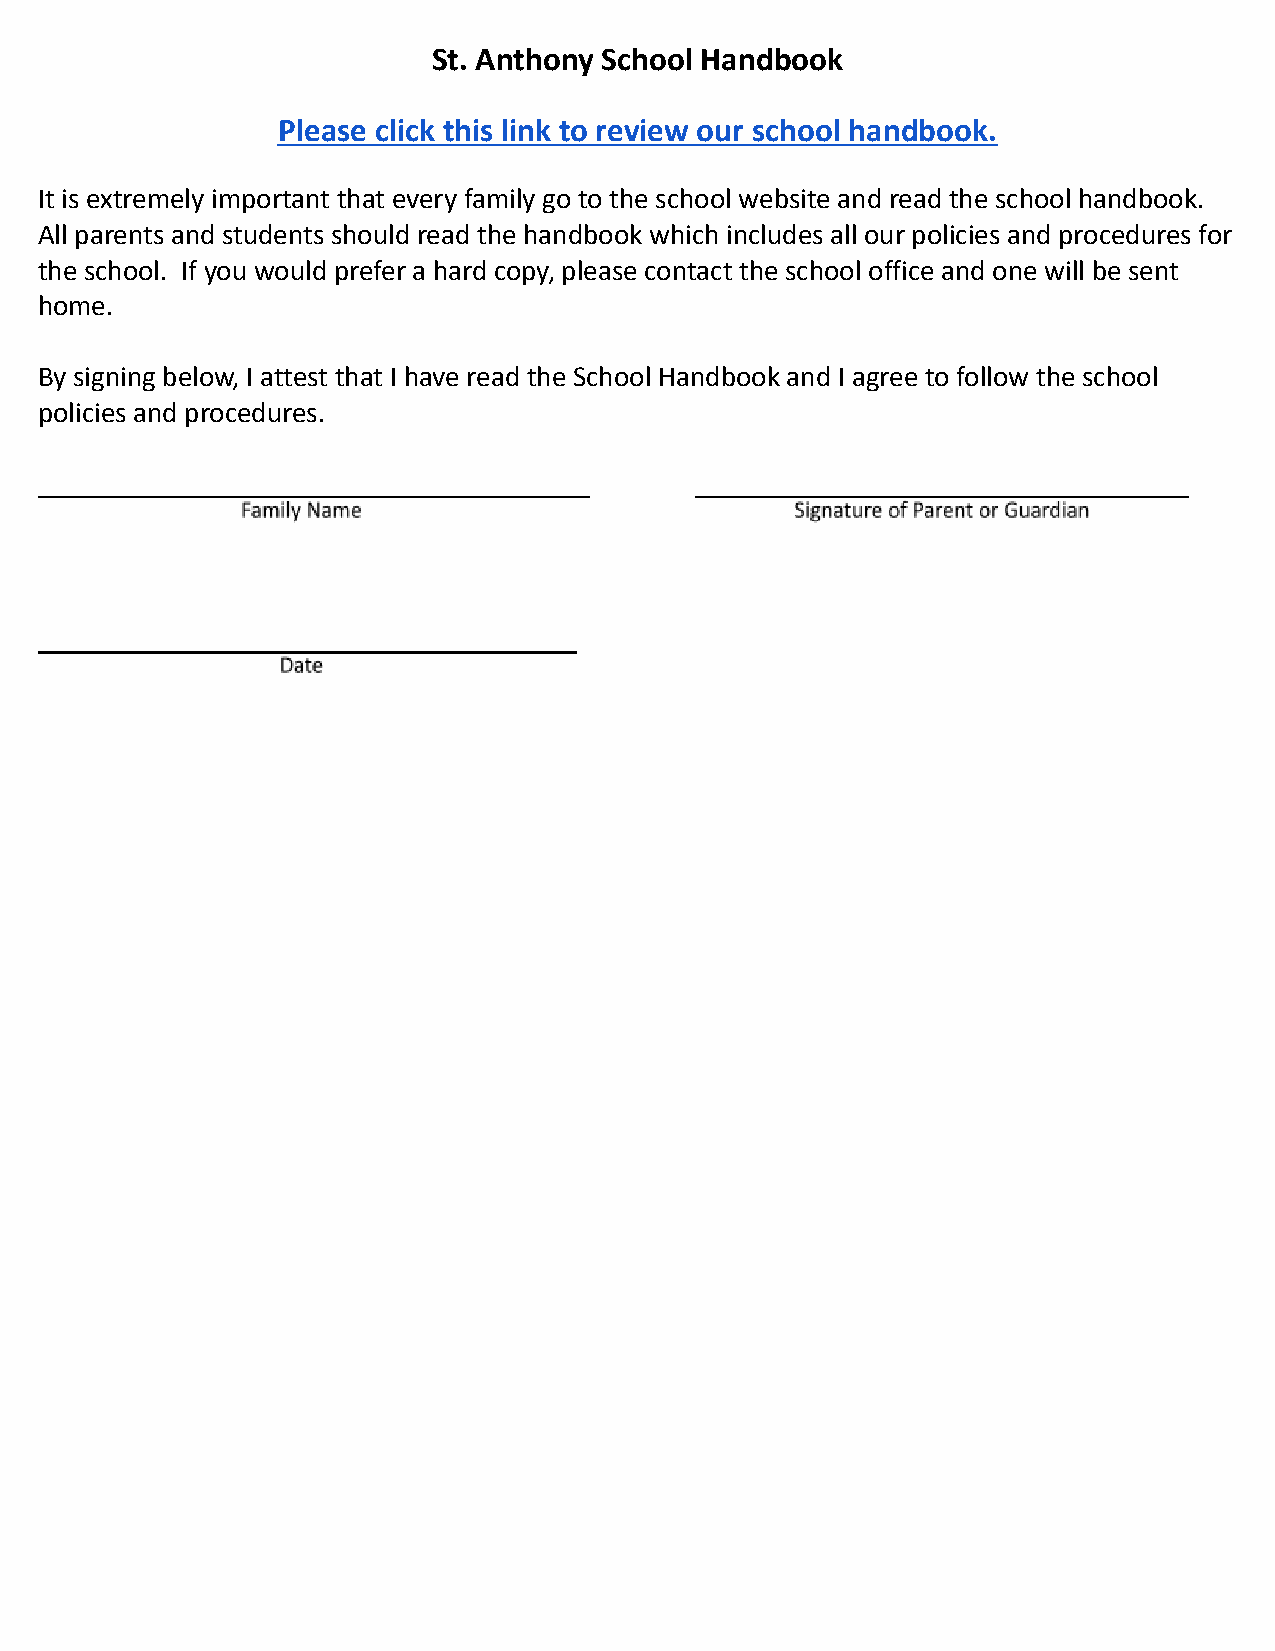
St. Anthony School Handbook
 Please click this link to review our school handbook.
 It is extremely important that every family go to the school website and read the school handbook.
 All parents and students should read the handbook which includes all our policies and procedures for
 the school. If you would prefer a hard copy, please contact the school office and one will be sent
 home.
 By signing below, I attest that I have read the School Handbook and I agree to follow the school
 policies and procedures.
 ______________________________________      __________________________________
 __________________________